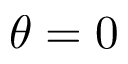
\theta = 0